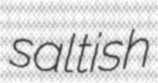
saltish